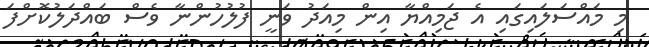
މި މައްސަލައިގައި އެ ޖަމިއްޔާ އިން މިއަދު ވަނީ ފުލުހުންނާ ވެސް ބައްދަލުކޮށްފަ